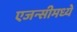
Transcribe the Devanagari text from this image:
एजन्सीमध्ये